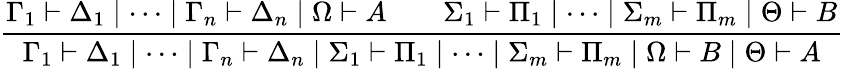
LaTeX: {\frac{\Gamma_{1}\vdash\Delta_{1}\mid\dots\mid\Gamma_{n}\vdash\Delta_{n}\mid\Omega\vdash A\qquad\Sigma_{1}\vdash\Pi_{1}\mid\dots\mid\Sigma_{m}\vdash\Pi_{m}\mid\Theta\vdash B}{\Gamma_{1}\vdash\Delta_{1}\mid\dots\mid\Gamma_{n}\vdash\Delta_{n}\mid\Sigma_{1}\vdash\Pi_{1}\mid\dots\mid\Sigma_{m}\vdash\Pi_{m}\mid\Omega\vdash B\mid\Theta\vdash A}}